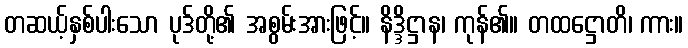
တဆယ့်နှစ်ပါးသော ပုဒ်တို့၏ အစွမ်းအားဖြင့်။ နိဒ္ဒိဋ္ဌာန၊ ကုန်၏။ တထဋ္ဌောတိ၊ ကား။